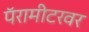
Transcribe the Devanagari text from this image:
पॅरामीटरवर